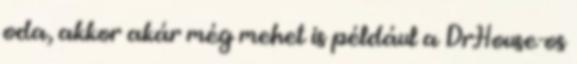
oda, akkor akár még mehet is például a Dr.House-os